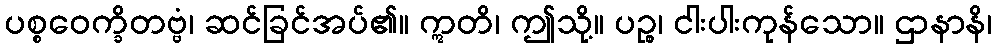
ပစ္စဝေက္ခိတဗ္ဗံ၊ ဆင်ခြင်အပ်၏။ ဣတိ၊ ဤသို့။ ပဉ္စ၊ ငါးပါးကုန်သော။ ဌာနာနိ၊